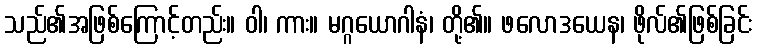
သည်၏အဖြစ်ကြောင့်တည်း။ ဝါ၊ ကား။ မဂ္ဂယောဂါနံ၊ တို့၏။ ဖလောဒယေန၊ ဖိုလ်၏ဖြစ်ခြင်း